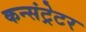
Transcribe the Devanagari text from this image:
कन्संट्रेटर